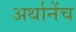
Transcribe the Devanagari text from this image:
अर्थानेंच